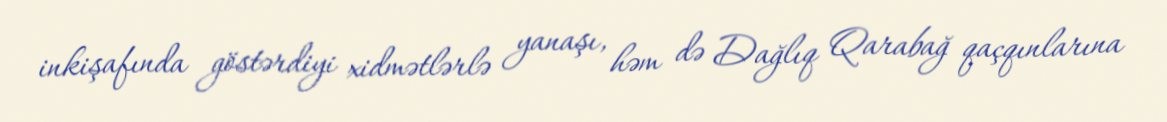
inkişafında göstərdiyi xidmətlərlə yanaşı, həm də Dağlıq Qarabağ qaçqınlarına